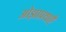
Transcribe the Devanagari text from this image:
ओझाप्रथाएँ